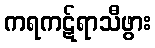
ကရကဋ်ရာသီဖွား